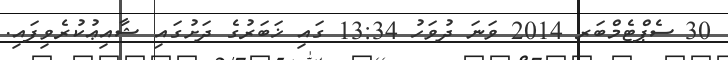
30 ސެޕްޓެމްބަރ 2014 ވަނަ ދުވަހު 13:34 ގައި ޚަބަރުގެ ދަށުގައި ޝާއިޢުކުރެވިފައި.